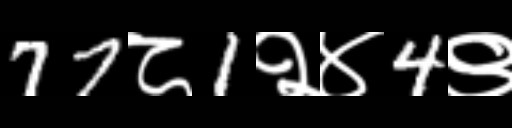
Text: 77८1२४4९